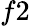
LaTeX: f2